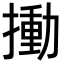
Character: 𢳾